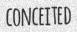
CONCEITED